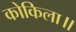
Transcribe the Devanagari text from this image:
कोकिला॥